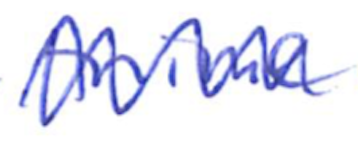
Text: Anime
Cross-out: mix
Writing tool: ballpoint